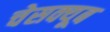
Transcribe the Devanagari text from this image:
चेसक्यूब